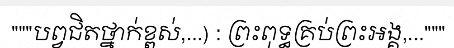
"""បព្វជិតថ្នាក់ខ្ពស់,...) : ព្រះពុទ្ធគ្រប់ព្រះអង្គ,..."""